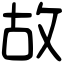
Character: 故